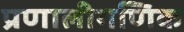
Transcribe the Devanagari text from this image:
प्रणालीगणिक